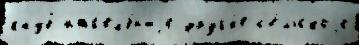
клуб нас'ел'е́н'иjе друг'и́е с'е́льскоjе